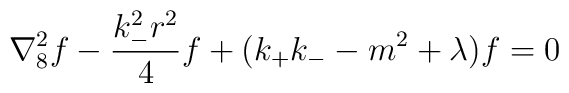
\nabla_{8}^{2}f -\frac{k_{-}^{2} r^{2}}{4}f + (k_{+}k_{-}- m^{2}+\lambda)f = 0